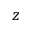
z